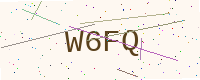
Text: W6FQ